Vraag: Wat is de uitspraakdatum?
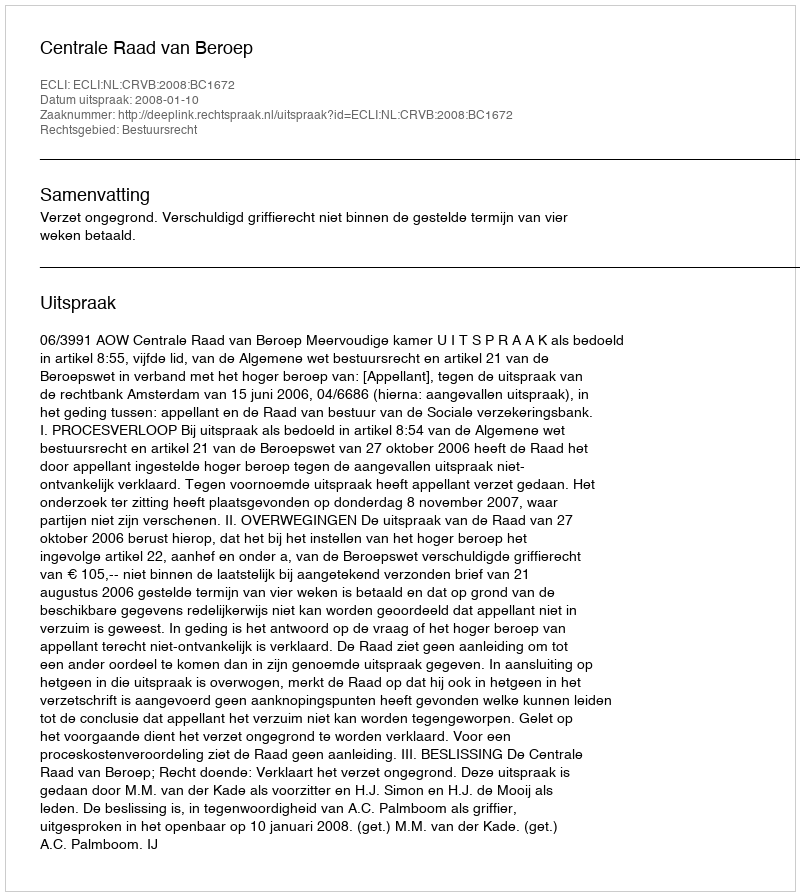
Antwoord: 2008-01-10